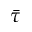
\bar { \tau }